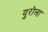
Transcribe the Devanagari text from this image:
युरोला